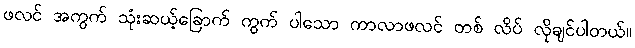
ဖလင် အကွက် သုံးဆယ့်ခြောက် ကွက် ပါသော ကာလာဖလင် တစ် လိပ် လိုချင်ပါတယ်။